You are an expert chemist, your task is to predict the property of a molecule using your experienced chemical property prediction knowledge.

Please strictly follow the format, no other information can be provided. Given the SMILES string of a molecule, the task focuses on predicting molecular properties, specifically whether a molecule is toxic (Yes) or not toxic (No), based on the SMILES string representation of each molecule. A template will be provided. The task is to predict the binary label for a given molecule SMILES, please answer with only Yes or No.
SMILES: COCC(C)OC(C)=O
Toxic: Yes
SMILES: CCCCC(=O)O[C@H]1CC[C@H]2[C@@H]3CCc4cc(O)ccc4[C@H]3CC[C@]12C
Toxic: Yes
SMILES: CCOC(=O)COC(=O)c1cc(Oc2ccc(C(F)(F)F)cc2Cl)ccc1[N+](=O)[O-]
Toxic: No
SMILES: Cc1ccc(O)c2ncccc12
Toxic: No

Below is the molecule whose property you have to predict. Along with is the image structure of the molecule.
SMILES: CC12CC3CC(C)(C1)CC(N)(C3)C2
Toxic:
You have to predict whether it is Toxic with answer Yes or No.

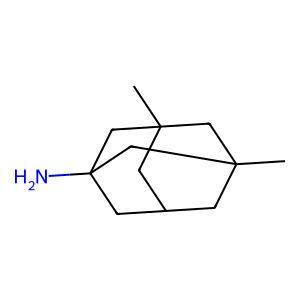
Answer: No